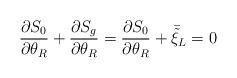
LaTeX: \begin{align*}\frac{\partial S_{0}}{\partial \theta_{R}} + \frac{\partial S_{g}}{\partial\theta_{R}} = \frac{\partial S_{0}}{\partial \theta_{R}} +\bar{\tilde{\xi}}_{L} = 0\end{align*}